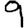
Digit: 9